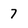
Character: 7